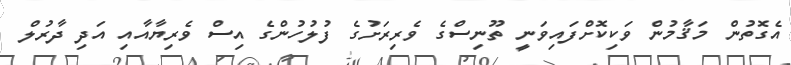
އެގޮތުން މަޤާމުން ވަކިކޮށްފައިވަނީ ތޫނިސްގެ ވެރިރަށުގެ ފުލުހުންގެ އިސް ވެރިޔާއާއި އަދި ދާރުލް